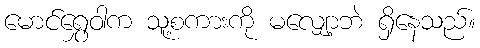
မောင်ရွှေဝါက သူ့စကားကို မလျှော့ဘဲ ရှိနေသည်။